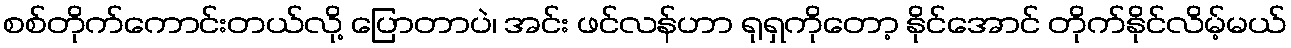
စစ်တိုက်ကောင်းတယ်လို့ ပြောတာပဲ၊ အင်း ဖင်လန်ဟာ ရုရှကိုတော့ နိုင်အောင် တိုက်နိုင်လိမ့်မယ်